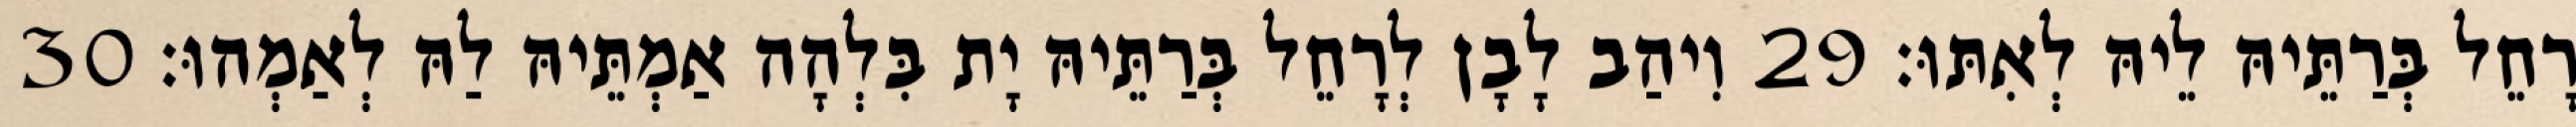
רָחֵל בְּרַתֵּיהּ לֵיהּ לְאִתּוּ׃ 29 וִיהַב לָבָן לְרָחֵל בְּרַתֵּיהּ יָת בִּלְהָה אַמְתֵּיהּ לַהּ לְאַמְהוּ׃ 30